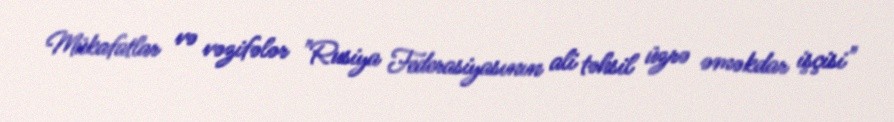
Mükafatlar və vəzifələr "Rusiya Federasiyasının ali təhsil üzrə əməkdar işçisi"